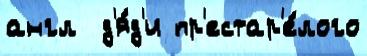
англ  д'я́д'и пр'естар'е́лого